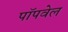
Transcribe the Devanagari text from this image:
पॉपवेल